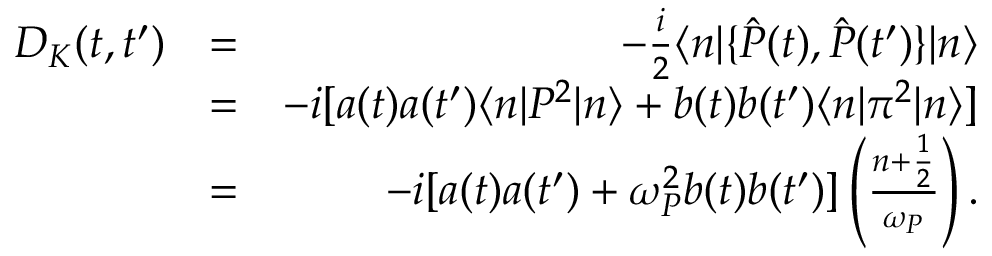
\begin{array} { r l r } { D _ { K } ( t , t ^ { \prime } ) } & { = } & { - \frac { i } { 2 } \langle n | \{ \hat { P } ( t ) , \hat { P } ( t ^ { \prime } ) \} | n \rangle } \\ & { = } & { - i [ a ( t ) a ( t ^ { \prime } ) \langle n \vert P ^ { 2 } \vert n \rangle + b ( t ) b ( t ^ { \prime } ) \langle n \vert \pi ^ { 2 } \vert n \rangle ] } \\ & { = } & { - i [ a ( t ) a ( t ^ { \prime } ) + \omega _ { P } ^ { 2 } b ( t ) b ( t ^ { \prime } ) ] \left( \frac { n + \frac { 1 } { 2 } } { \omega _ { P } } \right) . } \end{array}